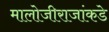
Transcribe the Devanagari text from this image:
मालोजीराजांकडे